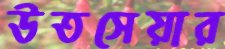
উতসেয়ার